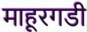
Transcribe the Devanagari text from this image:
माहूरगडी